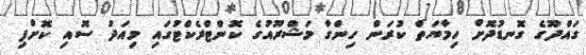
ގައްދޫގެ ގޮނޑުދޮށް ހިމާޔަތް ކުރަން ހިންގާ މަޝްރޫއުގެ ކޮންޓްރެކްޓުގައި މިއަދު ސޮއި ކޮށްފި